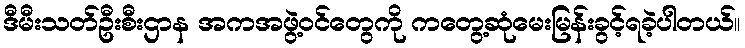
ဒီမီးသတ်ဦးစီးဌာန အကအဖွဲ့ဝင်တွေကို ကတွေ့ဆုံမေးမြန်းခွင့်ရခဲ့ပါတယ်။